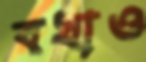
বখাও